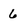
Character: 6